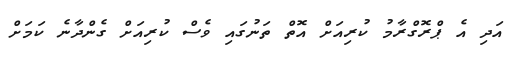
އަދި އެ ޕްރޮގްރާމު ކުރިއަށް އޮތް ތަނުގައި ވެސް ކުރިއަށް ގެންދާނެ ކަމަށް